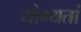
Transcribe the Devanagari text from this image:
योग्यतां